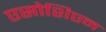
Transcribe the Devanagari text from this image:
एसोशिएन